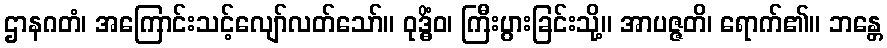
ဌာနဂတံ၊ အကြောင်းသင့်လျော်လတ်သော်။ ဝုဒ္ဓိံဝ၊ ကြီးပွားခြင်းသို့။ အာပဇ္ဇတိ၊ ရောက်၏။ ဘန္တေ